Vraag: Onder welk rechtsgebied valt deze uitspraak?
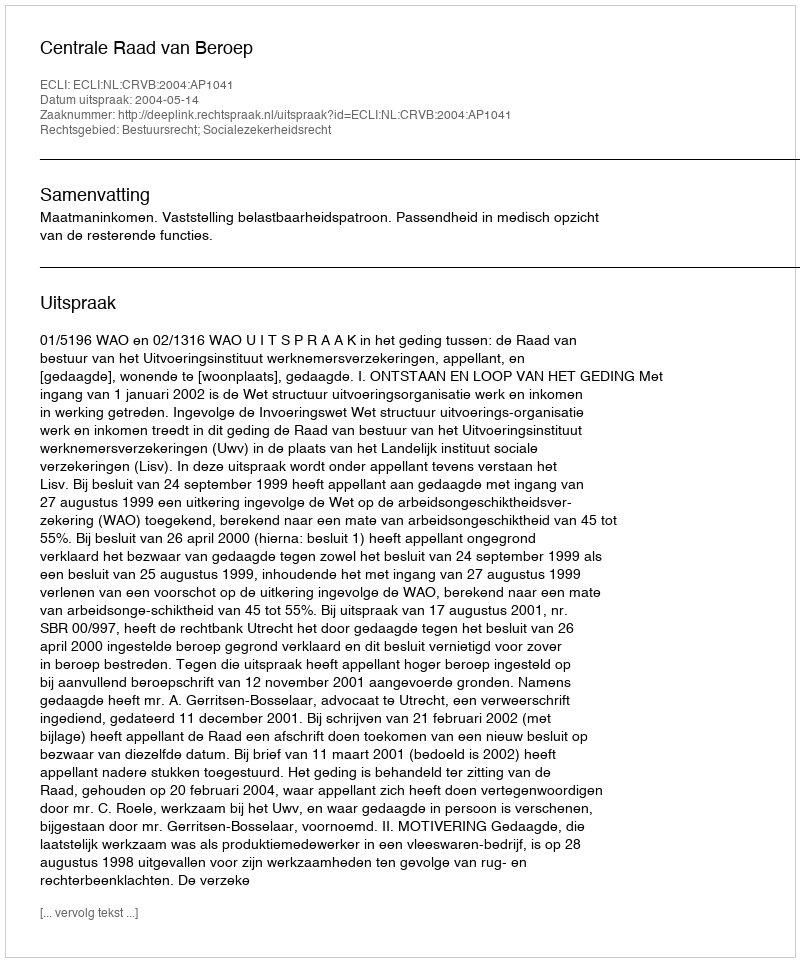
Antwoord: Bestuursrecht; Socialezekerheidsrecht